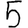
Digit: 5